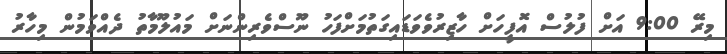
މިރޭ 9:00 އަށް ފުލުސް އޮފީހަށް ހާޒިރުވެވަޑައިގަތުމަށްފަހު ނޫސްވެރިންނަށް މައުލޫމާތު ދެއްވަމުން މިހާރު